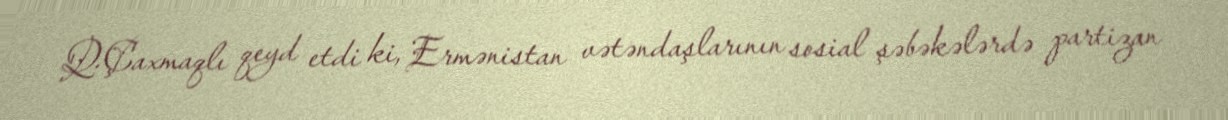
Q.Çaxmaqlı qeyd etdi ki, Ermənistan vətəndaşlarının sosial şəbəkələrdə partizan